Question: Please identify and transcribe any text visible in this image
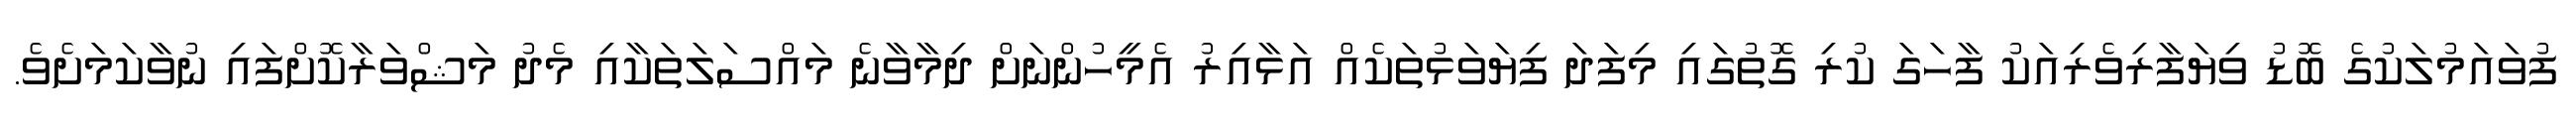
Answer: ފުވައަމުލަކުގެ ބޮޑު ވިޔަފާރިވެރިއަކު ފާހަގަ ކުރި ގޮތުގައި މިފަދަ ފިޔަވަޅުތަކެއް އަޅާއިރު އެމީހުންނަށް ދިމާވާނެ މައްސަލަތަކާއި މެދު މަޝްވަރާކޮށްފައި ނުވާކަމަށެވެ.